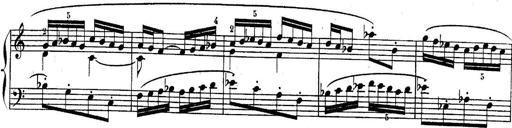
Title: Sonatina for Piano
Composer: BÃ©la BartÃ³k